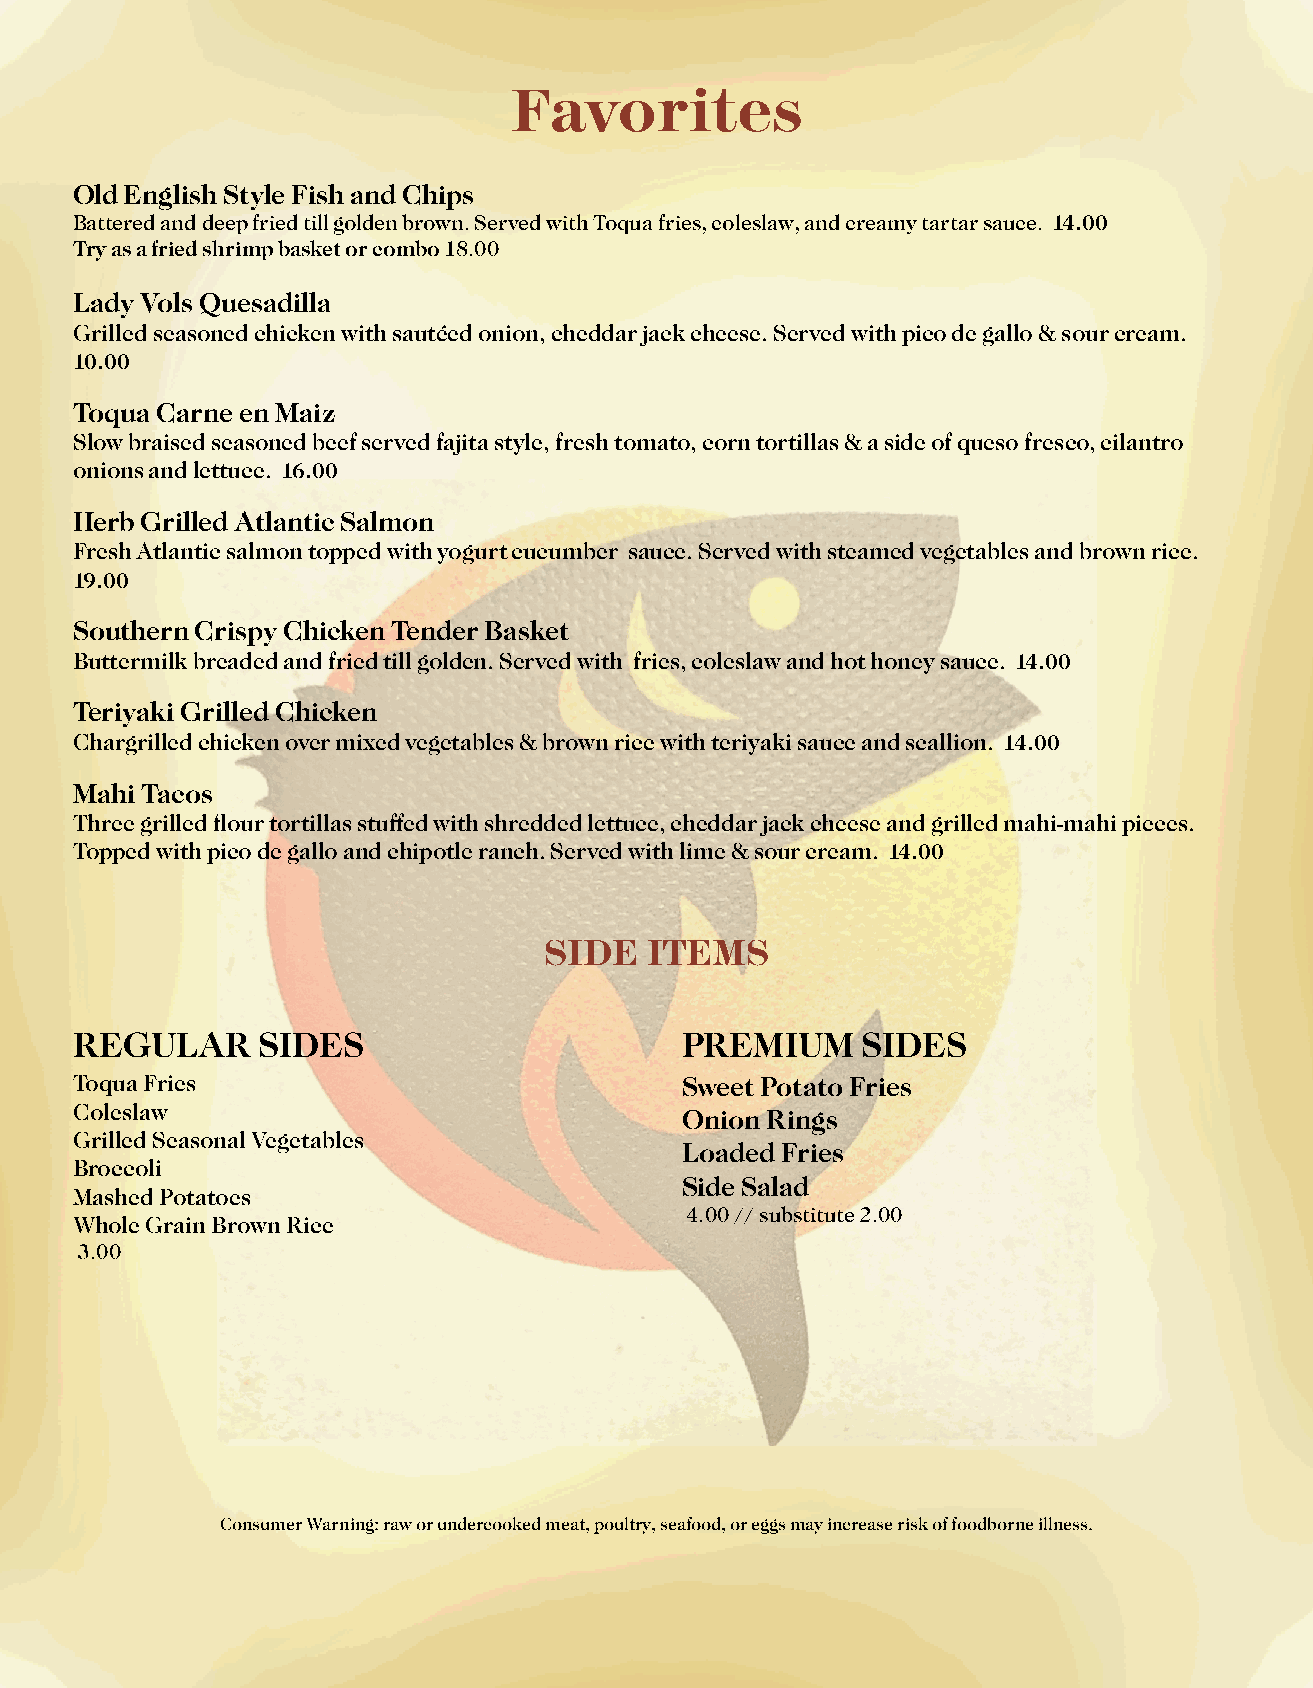
Favorites
 Old English Style Fish and Chips
 Battered and deep fried till golden brown. Served with Toqua fries, coleslaw, and creamy tartar sauce. 14.00
 Try as a fried shrimp basket or combo18.00
 Lady Vols Quesadilla
 Grilled seasoned chicken with sautéed onion, cheddar jack cheese. Served with pico de gallo & sour cream.
 10.00
 Toqua Carne en Maiz
 Slow braised seasoned beef served fajita style, fresh tomato, corn tortillas & a side of queso fresco, cilantro
 onions and lettuce. 16.00
 Herb Grilled Atlantic Salmon
 Fresh Atlantic salmon topped with yogurt cucumber sauce. Served with steamed vegetables and brown rice.
 19.00
 Southern Crispy Chicken Tender Basket
 Buttermilk breaded and fried till golden. Served with fries, coleslaw and hot honey sauce. 14.00
 Teriyaki Grilled Chicken
 Chargrilled chicken over mixed vegetables & brown rice with teriyaki sauce and scallion. 14.00
 Mahi Tacos
 Three grilled flour tortillas stuffed with shredded lettuce, cheddar jack cheese and grilled mahi-mahi pieces.
 Topped with pico de gallo and chipotle ranch. Served with lime & sour cream. 14.00
 SIDE   ITEMS
 REGULAR     SIDES                       PREMIUM     SIDES
 Toqua Fries                             Sweet Potato Fries
 Coleslaw
 Onion Rings
 Grilled Seasonal Vegetables
 Loaded Fries
 Broccoli
 Side Salad
 Mashed Potatoes
 4.00 // substitute 2.00
 Whole Grain Brown Rice
 3.00
 Consumer Warning: raw or undercooked meat, poultry, seafood, or eggs may increase risk of foodborne illness.